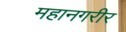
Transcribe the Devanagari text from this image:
महानगरीर